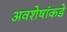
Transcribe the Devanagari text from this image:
अवशेषांकडे